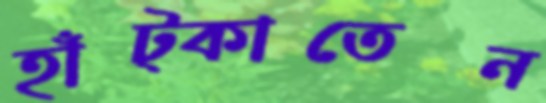
হাঁট্‌কাতেন